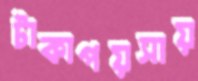
টাকাপয়সায়